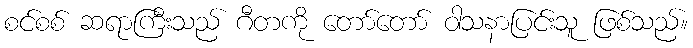
စင်စစ် ဆရာကြီးသည် ဂီတကို တော်တော် ဝါသနာပြင်းသူ ဖြစ်သည်။